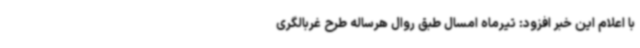
با اعلام این خبر افزود: تیرماه امسال طبق روال هرساله طرح غربالگری